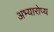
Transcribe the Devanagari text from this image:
अभ्यारोप्य